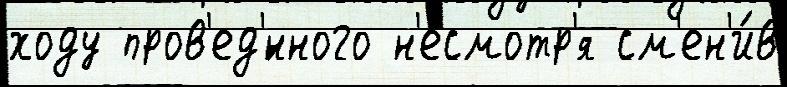
ходу пров'ед'́нного н'есмотр'я см'ен'и́в